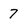
Character: 7